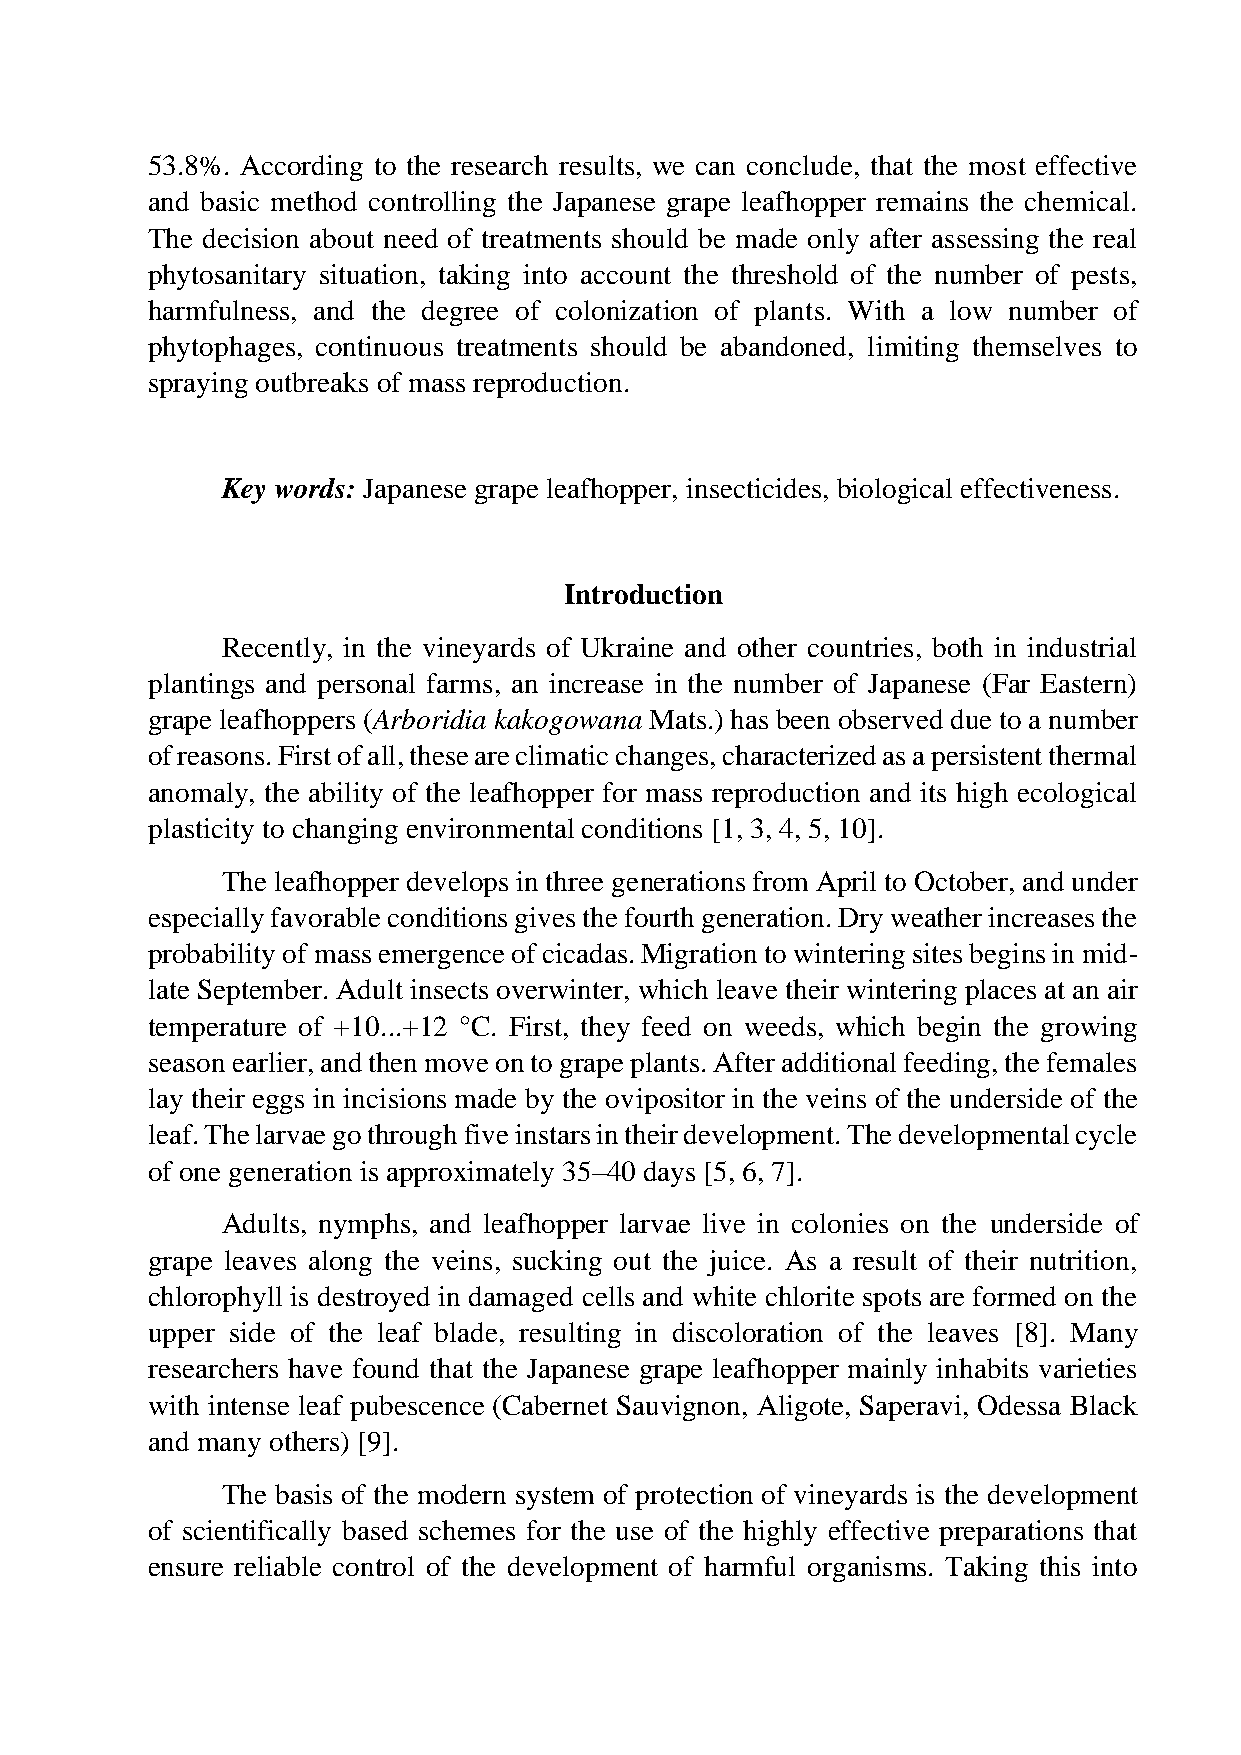
53.8%. According to the research results, we can conclude, that the most effective
 and basic method controlling the Japanese grape leafhopper remains the chemical.
 The decision about need of treatments should be made only after assessing the real
 phytosanitary situation, taking into account the threshold of the number of pests,
 harmfulness, and the degree of colonization of plants. With a low number of
 phytophages, continuous treatments should be abandoned, limiting themselves to
 spraying outbreaks of mass reproduction.
 Key words: Japanese grape leafhopper, insecticides, biological effectiveness.
 Introduction
 Recently, in the vineyards of Ukraine and other countries, both in industrial
 plantings and personal farms, an increase in the number of Japanese (Far Eastern)
 grape leafhoppers (Arboridia kakogowana Mats.) has been observed due to a number
 of reasons. First of all, these are climatic changes, characterized as a persistent thermal
 anomaly, the ability of the leafhopper for mass reproduction and its high ecological
 plasticity to changing environmental conditions [1, 3, 4, 5, 10].
 The leafhopper develops in three generations from April to October, and under
 especially favorable conditions gives the fourth generation. Dry weather increases the
 probability of mass emergence of cicadas. Migration to wintering sites begins in mid-
 late September. Adult insects overwinter, which leave their wintering places at an air
 temperature of +10...+12 °C. First, they feed on weeds, which begin the growing
 season earlier, and then move on to grape plants. After additional feeding, the females
 lay their eggs in incisions made by the ovipositor in the veins of the underside of the
 leaf. The larvae go through five instars in their development. The developmental cycle
 of one generation is approximately 35–40 days [5, 6, 7].
 Adults, nymphs, and leafhopper larvae live in colonies on the underside of
 grape leaves along the veins, sucking out the juice. As a result of their nutrition,
 chlorophyll is destroyed in damaged cells and white chlorite spots are formed on the
 upper side of the leaf blade, resulting in discoloration of the leaves [8]. Many
 researchers have found that the Japanese grape leafhopper mainly inhabits varieties
 with intense leaf pubescence (Cabernet Sauvignon, Aligote, Saperavi, Odessa Black
 and many others) [9].
 The basis of the modern system of protection of vineyards is the development
 of scientifically based schemes for the use of the highly effective preparations that
 ensure reliable control of the development of harmful organisms. Taking this into